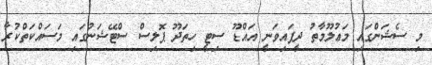
މި ސެޝަންގައި މަޢުލޫމާތު ދީފައިވަނީ އައްޑޫ ސިޓީ ހިތަދޫ ޕޮލިސް ސްޓޭޝަނުގައި މަސައްކަތްކުރާ